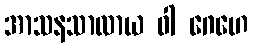
အာသနသာလာယ ဝါ ဂေဟေ